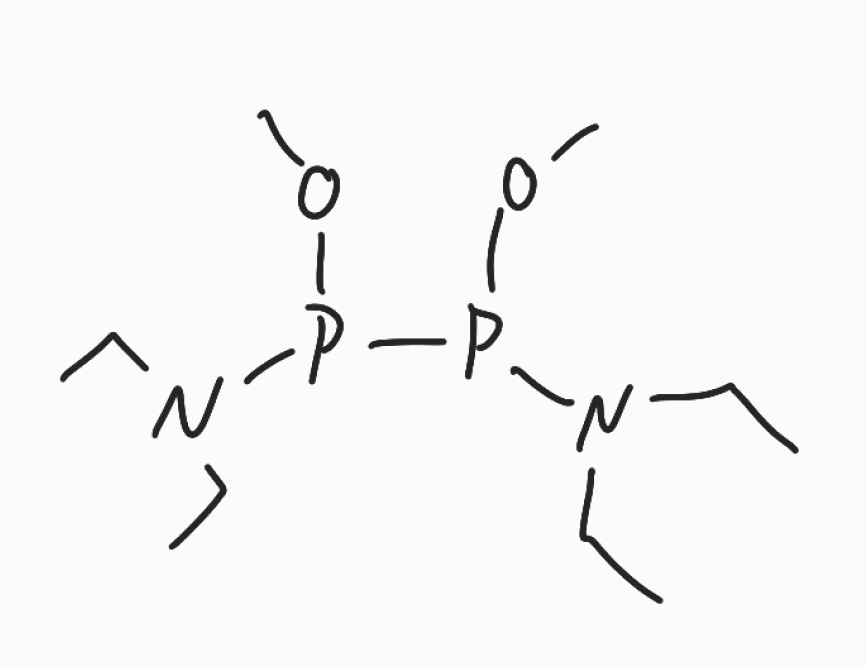
Simplified molecular-input line-entry system (SMILES) notation of the given molecule:
CCN(CC)P(CP(N(CC)CC)OC)OC